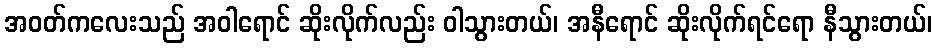
အဝတ်ကလေးသည် အဝါရောင် ဆိုးလိုက်လည်း ဝါသွားတယ်၊ အနီရောင် ဆိုးလိုက်ရင်ရော နီသွားတယ်၊